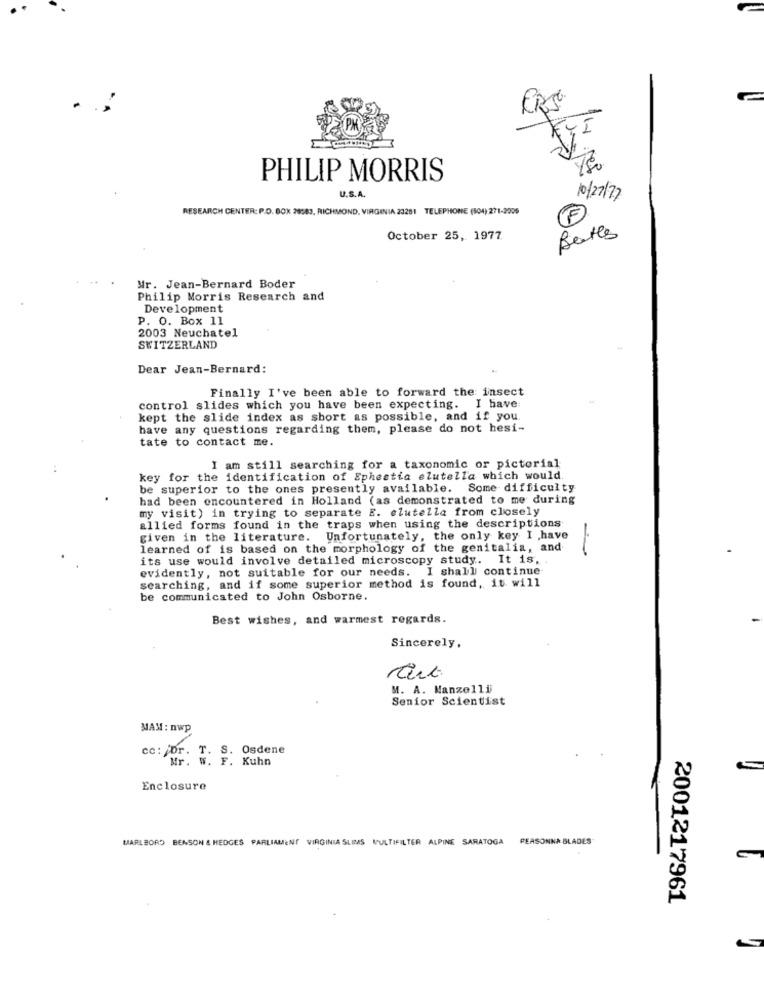
.
PHILIP MORRIS
U.S.A.
10/22/77
RESEARCH CENTER: P.O. BOX 28:83, RICHMOND, VIRGINIA 23281 TELEPHONE (104) 271-2006
October 25, 1977
Bates
Mr. Jean-Bernard Boder
Philip Morris Research and
Development
P. O. Box 11
2003 Neuchatel
SWITZERLAND
Dear Jean-Bernard:
Finally I've been able to forward the: insect
control slides which you have been expecting. I have
kept the slide index as short as possible, and if you
have any questions regarding them, please do not hesi-
tate to contact me.
I am still searching for a taxonomic or pictorial
key for the identification of Ephestia elutella which would.
be superior to the ones presently available. Some difficulty
had been encountered in Holland (as demonstrated to me during
my visit) in trying to separate E. elutella from closely
allied forms found in the traps when using the descriptions
given in the literature. Unfortunately, the only key I have
learned of is based on the morphology of the genitalia, and
its use would involve detailed microscopy study. It is,
evidently, not suitable for our needs. I shall continue
searching, and if some superior method is found, it will
be communicated to John Osborne.
Best wishes, and warmest regards.
Sincerely,
M. A. Manzelli
Senior Scientist
MAM : nwp
cc: Dr. T. S. Osdene
Mr. W. F. Kuhn
Enclosure
MARLBORO BENSON & HEDGES PARLIAMENT VIRGINIA SLIMS MULTIFILTER ALPINE SARATOGA
PERSONNA BLADES
2001217961